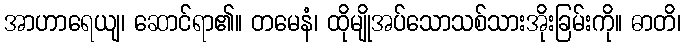
အာဟာရေယျ၊ ဆောင်ရာ၏။ တမေနံ၊ ထိုမျိုအပ်သောသစ်သားအိုးခြမ်းကို။ ဓာတိ၊